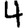
Digit: 4